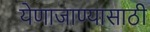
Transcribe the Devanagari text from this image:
येणाजाण्यासाठी